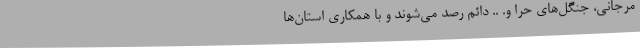
مرجانی، جنگل‌های حرا و. .. دائم رصد می‌شوند و با همکاری استان‌ها